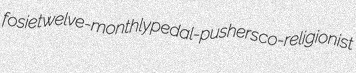
fosie twelve-monthly pedal-pushers co-religionist